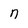
Character: n